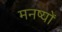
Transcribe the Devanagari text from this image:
मनष्यों